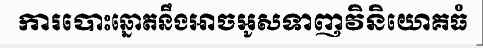
ការបោះឆ្នោតនឹងអាចអូសទាញវិនិយោគធំ